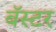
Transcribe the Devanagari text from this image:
बॅस्टर